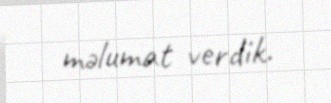
məlumat verdik.